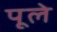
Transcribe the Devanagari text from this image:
पूले